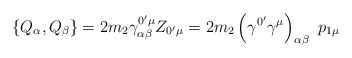
\begin{align*}\left\{ Q_\alpha ,Q_\beta \right\} =2m_2\gamma _{\alpha \beta }^{0^{\prime}\mu }Z_{0^{\prime }\mu }=2m_2\left( \gamma ^{0^{\prime }}\gamma ^\mu\right) _{\alpha \beta }\,\,p_{1\mu }\end{align*}